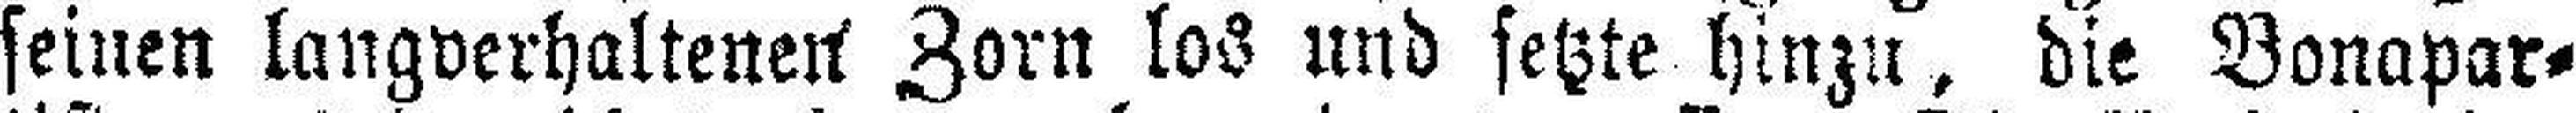
seinen langverhaltenen Zorn los und setzte hinzu, die Bonapar¬